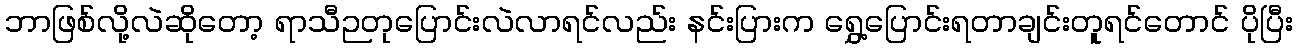
ဘာဖြစ်လို့လဲဆိုတော့ ရာသီဉတုပြောင်းလဲလာရင်လည်း နင်းပြားက ရွှေ့ပြောင်းရတာချင်းတူရင်တောင် ပိုပြီး